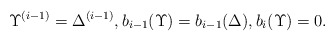
\begin{align*}\Upsilon^{(i-1)}=\Delta^{(i-1)}, b_{i-1} (\Upsilon)=b_{i-1} (\Delta),b_{i}(\Upsilon)=0.\end{align*}